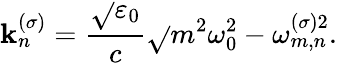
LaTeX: \mathbf{k}_{n}^{(\sigma)}=\frac{{\sqrt{}{{\varepsilon_{0}}}}}{{c}}\sqrt{}{{m^{2}\omega_{0}^{2}-\omega_{m,n}^{(\sigma)2}}}.